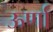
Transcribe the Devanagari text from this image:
ऊर्णा